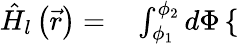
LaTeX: \begin{array}{rl}{\hat{H}_{l}\left(\vec{r}\right)=}&{{}\int_{\phi_{1}}^{\phi_{2}}d\Phi\left\{ \begin{array}{ll}\end{array}\right.}\end{array}